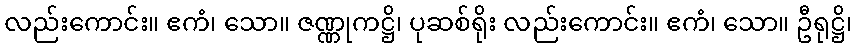
လည်းကောင်း။ ဧကံ၊ သော။ ဇဏ္ဏုကဋ္ဌိ၊ ပုဆစ်ရိုး လည်းကောင်း။ ဧကံ၊ သော။ ဦရုဋ္ဌိ၊